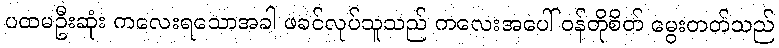
ပထမဦးဆုံး ကလေးရသောအခါ ဖခင်လုပ်သူသည် ကလေးအပေါ် ဝန်တိုစိတ် မွေးတတ်သည်